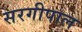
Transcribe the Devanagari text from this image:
सरगीपाल